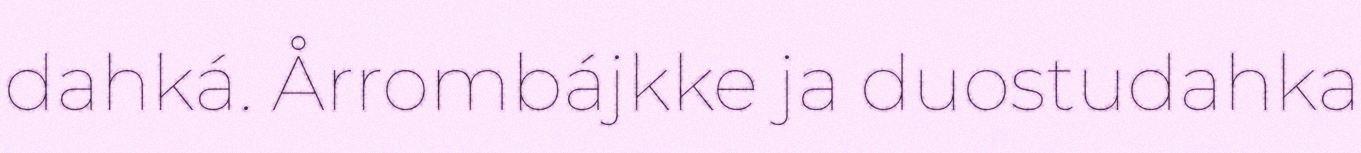
dahká. Årrombájkke ja duostudahka